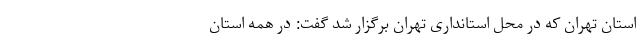
استان تهران که در محل استانداری تهران برگزار شد گفت: در همه استان